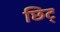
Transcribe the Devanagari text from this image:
छिट्